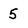
Character: 5